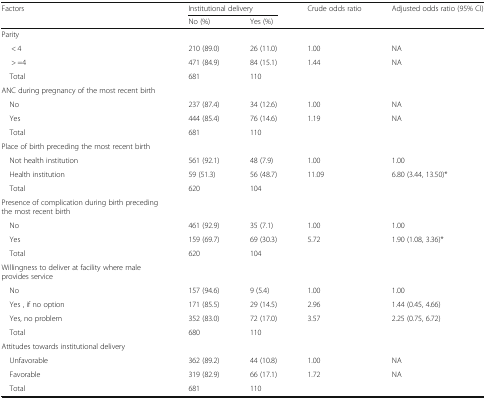
<table><thead><tr><td rowspan="2"><b>Factors</b></td><td colspan="2"><b>Institutional delivery</b></td><td><b>Crude odds ratio</b></td><td><b>Adjusted odds ratio (95% CI)</b></td></tr><tr><td><b>No (%)</b></td><td><b>Yes (%)</b></td><td></td><td></td></tr></thead><tbody><tr><td>Parity</td><td></td><td></td><td></td><td></td></tr><tr><td>&lt; 4</td><td>210 (89.0)</td><td>26 (11.0)</td><td>1.00</td><td>NA</td></tr><tr><td>&gt; =4</td><td>471 (84.9)</td><td>84 (15.1)</td><td>1.44</td><td>NA</td></tr><tr><td> Total</td><td>681</td><td>110</td><td></td><td></td></tr><tr><td>ANC during pregnancy of the most recent birth</td><td></td><td></td><td></td><td></td></tr><tr><td> No</td><td>237 (87.4)</td><td>34 (12.6)</td><td>1.00</td><td>NA</td></tr><tr><td> Yes</td><td>444 (85.4)</td><td>76 (14.6)</td><td>1.19</td><td>NA</td></tr><tr><td> Total</td><td>681</td><td>110</td><td></td><td></td></tr><tr><td>Place of birth preceding the most recent birth</td><td></td><td></td><td></td><td></td></tr><tr><td> Not health institution</td><td>561 (92.1)</td><td>48 (7.9)</td><td>1.00</td><td>1.00</td></tr><tr><td> Health institution</td><td>59 (51.3)</td><td>56 (48.7)</td><td>11.09</td><td>6.80 (3.44, 13.50)*</td></tr><tr><td> Total</td><td>620</td><td>104</td><td></td><td></td></tr><tr><td>Presence of complication during birth preceding the most recent birth</td><td></td><td></td><td></td><td></td></tr><tr><td> No</td><td>461 (92.9)</td><td>35 (7.1)</td><td>1.00</td><td>1.00</td></tr><tr><td> Yes</td><td>159 (69.7)</td><td>69 (30.3)</td><td>5.72</td><td>1.90 (1.08, 3.36)*</td></tr><tr><td> Total</td><td>620</td><td>104</td><td></td><td></td></tr><tr><td>Willingness to deliver at facility where male provides service</td><td></td><td></td><td></td><td></td></tr><tr><td> No</td><td>157 (94.6)</td><td>9 (5.4)</td><td>1.00</td><td>1.00</td></tr><tr><td> Yes , if no option</td><td>171 (85.5)</td><td>29 (14.5)</td><td>2.96</td><td>1.44 (0.45, 4.66)</td></tr><tr><td> Yes, no problem</td><td>352 (83.0)</td><td>72 (17.0)</td><td>3.57</td><td>2.25 (0.75, 6.72)</td></tr><tr><td> Total</td><td>680</td><td>110</td><td></td><td></td></tr><tr><td>Attitudes towards institutional delivery</td><td></td><td></td><td></td><td></td></tr><tr><td> Unfavorable</td><td>362 (89.2)</td><td>44 (10.8)</td><td>1.00</td><td>NA</td></tr><tr><td> Favorable</td><td>319 (82.9)</td><td>66 (17.1)</td><td>1.72</td><td>NA</td></tr><tr><td> Total</td><td>681</td><td>110</td><td></td><td></td></tr></tbody></table>